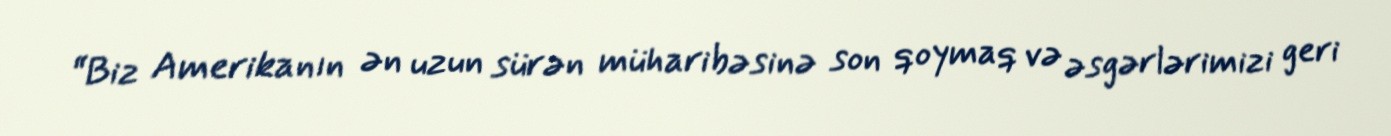
“Biz Amerikanın ən uzun sürən müharibəsinə son qoymaq və əsgərlərimizi geri